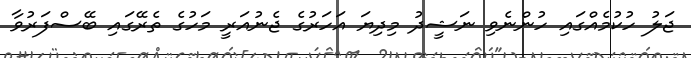
ޖަލު ހުކުމެއްގައި ހުންނެވި ނަޝީދު މިދިޔަ އަހަރުގެ ޖެނުއަރީ މަހުގެ ތެރޭގައި ބޭސްފަރުވާ